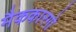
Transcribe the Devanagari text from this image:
मैककारगो